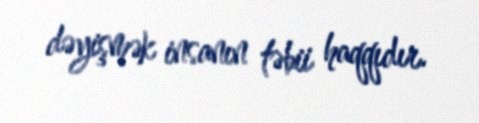
dəyişmək insanın təbii haqqıdır.